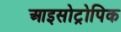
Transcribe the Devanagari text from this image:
आइसोट्रोपिक